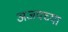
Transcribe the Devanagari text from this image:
अजयच्या